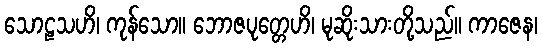
သောဠသဟိ၊ ကုန်သော။ ဘောဇပုတ္တေဟိ၊ မုဆိုးသားတို့သည်။ ကာဇေန၊